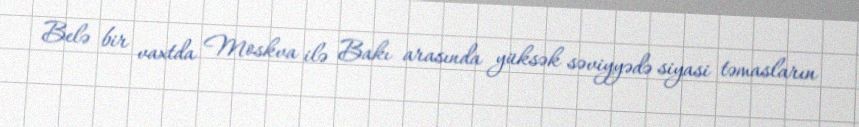
Belə bir vaxtda Moskva ilə Bakı arasında yüksək səviyyədə siyasi təmasların